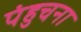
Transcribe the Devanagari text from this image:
पंहुचना